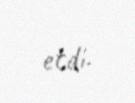
etdi.